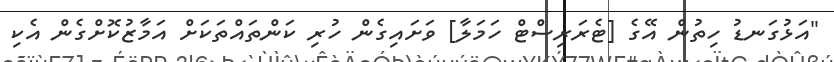
"އަޅުގަނޑު ހިތުން އޭގެ [ޓެރަރިސްޓް ހަމަލާ] ވަށައިގެން ހުރި ކަންތައްތަކަށް އަމާޒުކޮށްގެން އެކި